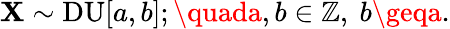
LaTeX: \mathbf{X}\sim\mathrm{{DU}}[a,b];\quada,b\in\mathbb{{Z}},\ b\geqa.